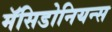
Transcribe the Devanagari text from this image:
मॅसिडोनियन्स